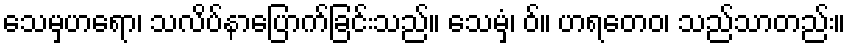
သေမှဟရော၊ သလိပ်နာပြောက်ခြင်းသည်။ သေမှံ၊ ဝ်။ ဟရတေဝ၊ သည်သာတည်း။